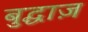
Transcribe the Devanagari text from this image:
बुद्धाज़